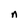
Character: n